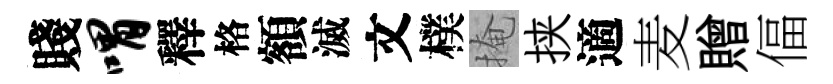
賤喟釋格額滅文樸掩挟適麦贈偪